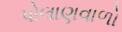
પોલાણવાળો